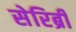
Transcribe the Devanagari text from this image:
सेरिब्री